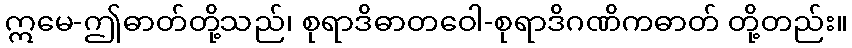
ဣမေ-ဤဓာတ်တို့သည်၊ စုရာဒိဓာတဝေါ-စုရာဒိဂဏိကဓာတ် တို့တည်း။